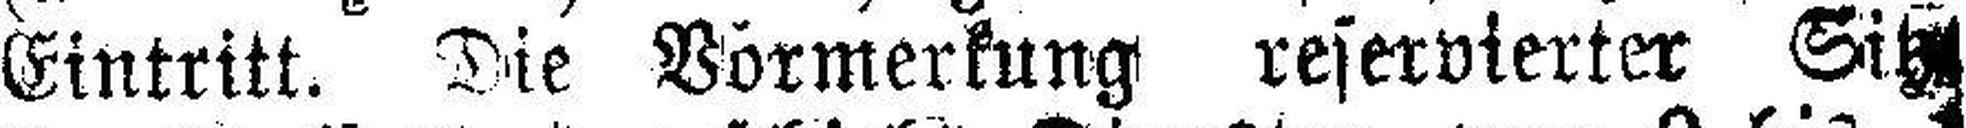
Eintritt. Die Vormerkung reservierter Sitz